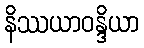
နိဿယာဝန္ဒိယာ